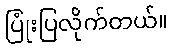
ပြုံးပြလိုက်တယ်။